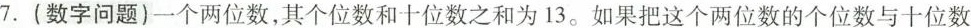
7.(数字问题)一个两位数，其个位数和十位数之和为13。如果把这个两位数的个位数与十位数